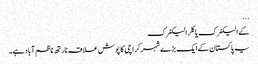
...
کے الیکٹرک یا کِلر الیکٹرک
یہ پاکستان کے ایک بڑے شہر کراچی کا پوش علاقہ نارتھ ناظم آباد ہے۔